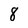
Character: 8